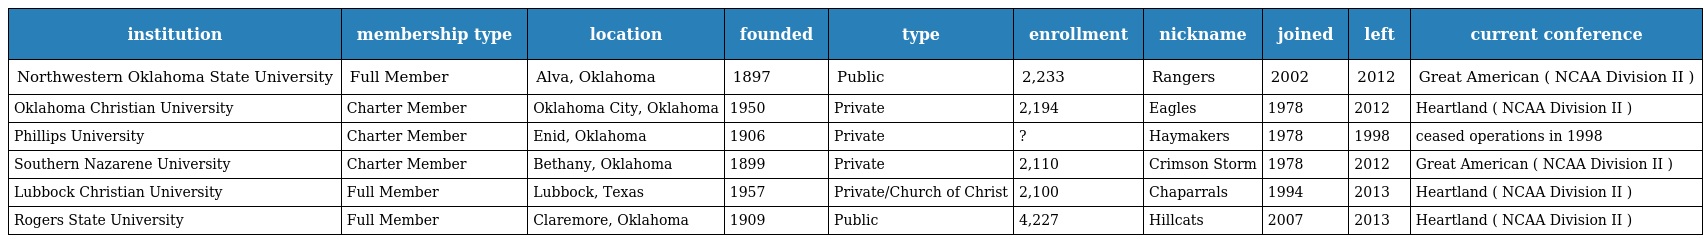
| institution | membership type | location | founded | type | enrollment | nickname | joined | left | current conference |
 | --- | --- | --- | --- | --- | --- | --- | --- | --- | --- |
 | Northwestern Oklahoma State University | Full Member | Alva, Oklahoma | 1897 | Public | 2,233 | Rangers | 2002 | 2012 | Great American ( NCAA Division II ) |
 | Oklahoma Christian University | Charter Member | Oklahoma City, Oklahoma | 1950 | Private | 2,194 | Eagles | 1978 | 2012 | Heartland ( NCAA Division II ) |
 | Phillips University | Charter Member | Enid, Oklahoma | 1906 | Private | ? | Haymakers | 1978 | 1998 | ceased operations in 1998 |
 | Southern Nazarene University | Charter Member | Bethany, Oklahoma | 1899 | Private | 2,110 | Crimson Storm | 1978 | 2012 | Great American ( NCAA Division II ) |
 | Lubbock Christian University | Full Member | Lubbock, Texas | 1957 | Private/Church of Christ | 2,100 | Chaparrals | 1994 | 2013 | Heartland ( NCAA Division II ) |
 | Rogers State University | Full Member | Claremore, Oklahoma | 1909 | Public | 4,227 | Hillcats | 2007 | 2013 | Heartland ( NCAA Division II ) |